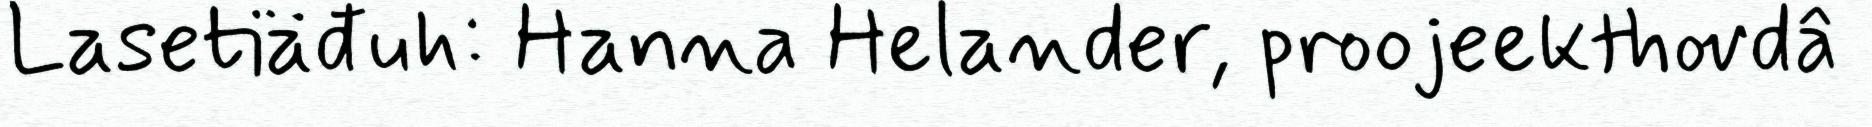
Lasetiäđuh: Hanna Helander, proojeekthovdâ